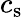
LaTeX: c_{\mathrm{s}}